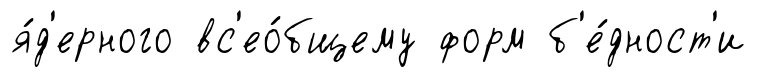
я́д'ерного вс'ео́бщему форм б'е́дност'и